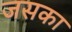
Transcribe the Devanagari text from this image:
जसका